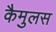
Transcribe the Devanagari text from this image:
कैमुलस